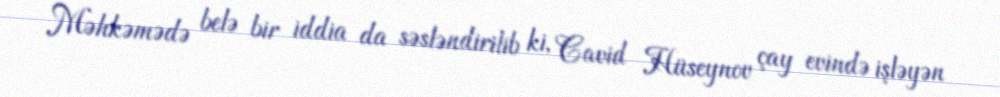
Məhkəmədə belə bir iddia da səsləndirilib ki, Cavid Hüseynov çay evində işləyən